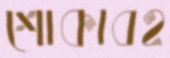
শোকাবহ